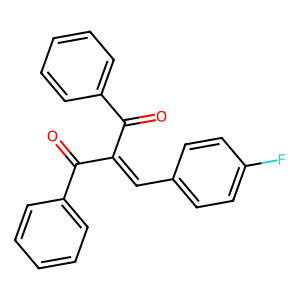
SMILES: O=C(C(=Cc1ccc(F)cc1)C(=O)c1ccccc1)c1ccccc1
Inhibits HIV replication: No